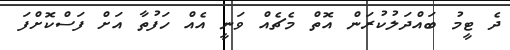
ދެ ޓީމު ބައްދަލުކުރަން އޮތް މެޗެއް ވަނީ އެއް ހަފުތާ އަށް ފަސްކޮށްފަ